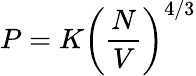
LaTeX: P=K\left({\frac{N}{V}}\right)^{4/3}